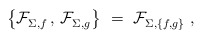
\begin{align*} \bigl\{ \mathcal{F}_{\Sigma,f}^{} \,,\, \mathcal{F}_{\Sigma,g}^{} \bigr\}~ =~\mathcal{F}_{\Sigma,\{f,g\}}^{}~,\end{align*}